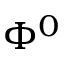
\Phi ^ { 0 }